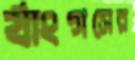
র‍্যাংগসের